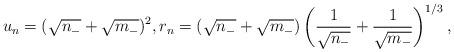
LaTeX: \begin{align*}u_n=(\sqrt{n_-}+\sqrt{m_-})^2, r_n=(\sqrt{n_-}+\sqrt{m_-})\left(\frac{1}{\sqrt{n_-}}+\frac{1}{\sqrt{m_-}}\right)^{1/3},\end{align*}